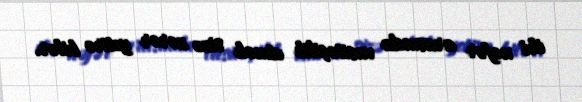
iki nəfər arasında vasitəçilik etmək sizə zərər yetirə bilər.